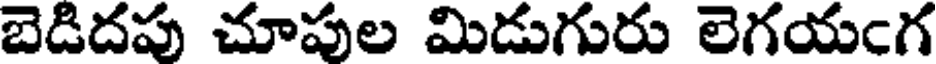
బెడిదపు చూపుల మిడుగురు లెగయంగ